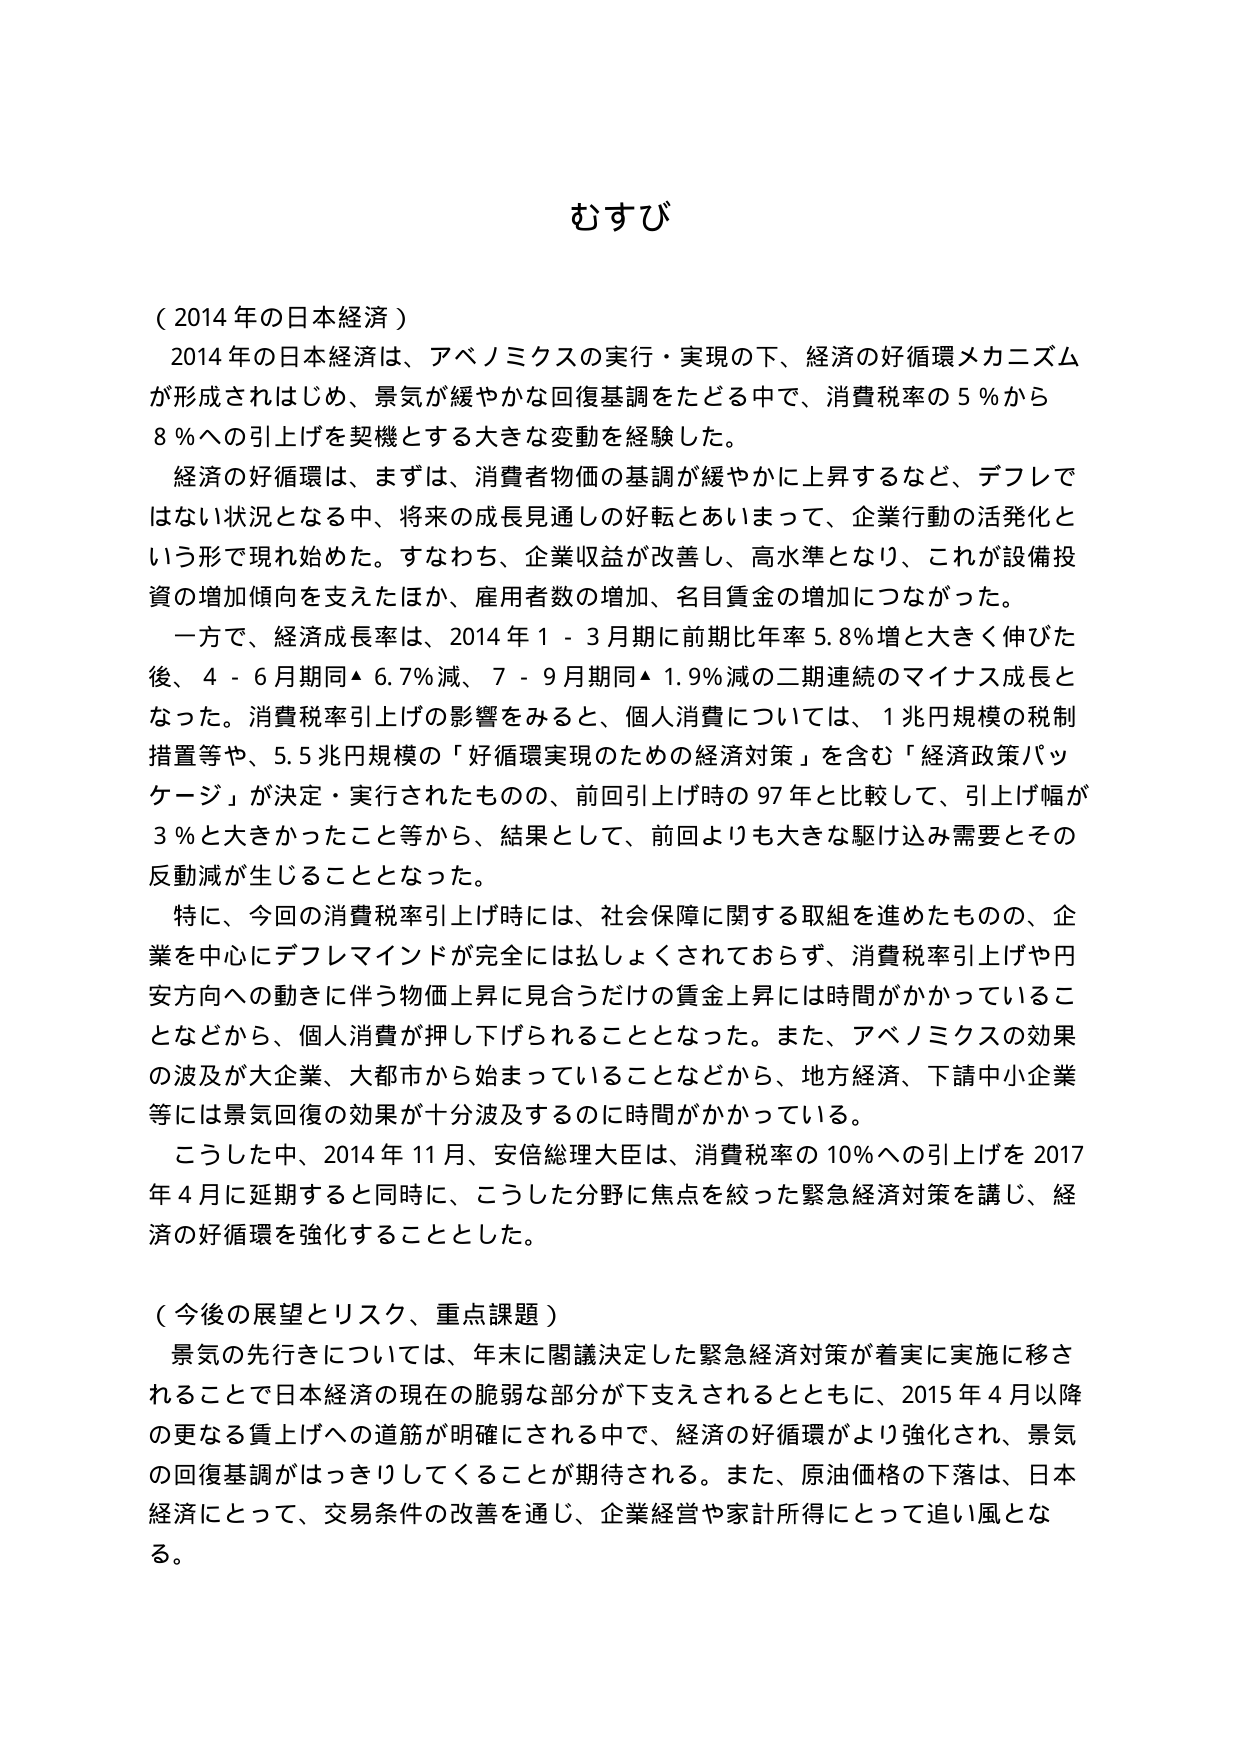
むすび

（2014年の日本経済）
2014年の日本経済は、アベノミクスの実行・実現の下、経済の好循環メカニズムが形成されはじめ、景気が緩やかな回復基調をたどる中で、消費税率の5％から8％への引上げを契機とする大きな変動を経験した。
経済の好循環は、まずは、消費者物価の基調が緩やかに上昇するなど、デフレではない状況となる中、将来の成長見通しの好転とあいまって、企業行動の活発化という形で現れ始めた。すなわち、企業収益が改善し、高水準となり、これが設備投資の増加傾向を支えたほか、雇用者数の増加、名目賃金の増加につながった。
一方で、経済成長率は、2014年1－3月期に前期比年率5.8％増と大きく伸びた後、4－6月期同▲6.7％減、7－9月期同▲1.9％減の二期連続のマイナス成長となった。消費税率引上げの影響をみると、個人消費については、1兆円規模の税制措置等や、5.5兆円規模の「好循環実現のための経済対策」を含む「経済政策パッケージ」が決定・実行されたものの、前回引上げ時の97年と比較して、引上げ幅が3％と大きかったこと等から、結果として、前回よりも大きな駆け込み需要とその反動減が生じることとなった。
特に、今回の消費税率引上げ時には、社会保障に関する取組を進めたものの、企業を中心にデフレマインドが完全には払しょくされておらず、消費税率引上げや円安方向への動きに伴う物価上昇に見合うだけの賃金上昇には時間がかかっていることなどから、個人消費が押し下げられることとなった。また、アベノミクスの効果の波及が大企業、大都市から始まっていることなどから、地方経済、下請中小企業等には景気回復の効果が十分波及するのに時間がかかっている。
こうした中、2014年11月、安倍総理大臣は、消費税率の10％への引上げを2017年4月に延期すると同時に、こうした分野に焦点を絞った緊急経済対策を講じ、経済の好循環を強化することとした。

（今後の展望とリスク、重点課題）
景気の先行きについては、年末に閣議決定した緊急経済対策が着実に実施に移されることで日本経済の現在の脆弱な部分が下支えされるとともに、2015年4月以降の更なる賃上げへの道筋が明確にされる中で、経済の好循環がより強化され、景気の回復基調がはっきりしてくることが期待される。また、原油価格の下落は、日本経済にとって、交易条件の改善を通じ、企業経営や家計所得にとって追い風となる。